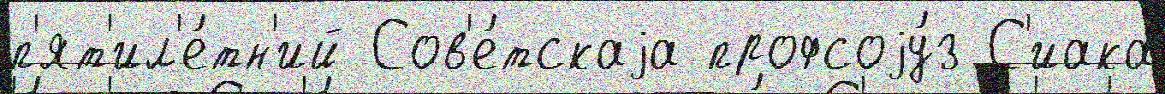
п'ят'ил'е́тн'ий Сов'е́тскаjа профсоjу́з С'иака